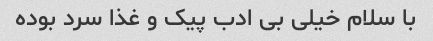
با سلام خیلی بی ادب پیک و غذا سرد بوده